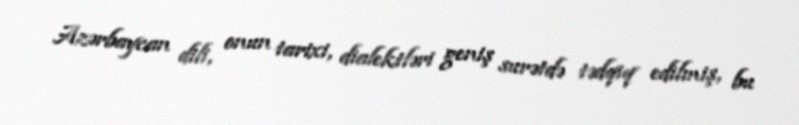
Azərbaycan dili, onun tarixi, dialektləri geniş surətdə tədqiq edilmiş, bu